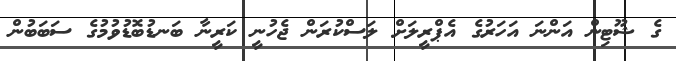
ގެ ޝޫޓިން އަންނަ އަހަރުގެ އެޕްރީލަށް ލަސްކުރަން ޖެހުނީ ކަރީނާ ބަނޑުބޮޑުވުމުގެ ސަބަބުން